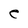
Character: e